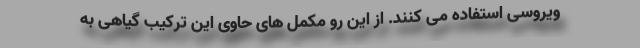
ویروسی استفاده می کنند. از این رو مکمل های حاوی این ترکیب گیاهی به